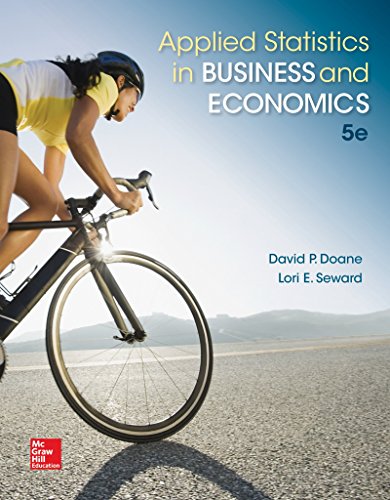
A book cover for Applied Statistics in Business and Economics; David Doane; Business & Money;